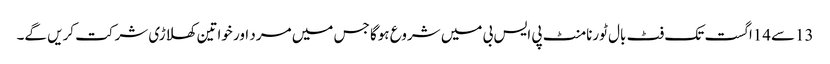
13سے14اگست تک فٹ بال ٹورنامنٹ پی ایس بی میں شروع ہوگا جس میں مرد اور خواتین کھلاڑی شرکت کریں گے۔